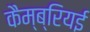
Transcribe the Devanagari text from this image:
कैम्ब्रियई